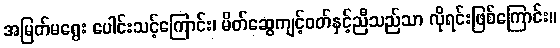
အမြတ်မရွေး ပေါင်းသင့်ကြောင်း၊ မိတ်ဆွေကျင့်ဝတ်နှင့်ညီသည်သာ လိုရင်းဖြစ်ကြောင်း။